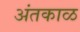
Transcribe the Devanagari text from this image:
अंतकाळ